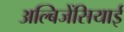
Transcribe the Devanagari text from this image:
अल्बिजेंसियाई